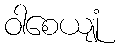
ဝါစေယျုံ